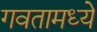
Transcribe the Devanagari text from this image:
गवतामध्ये